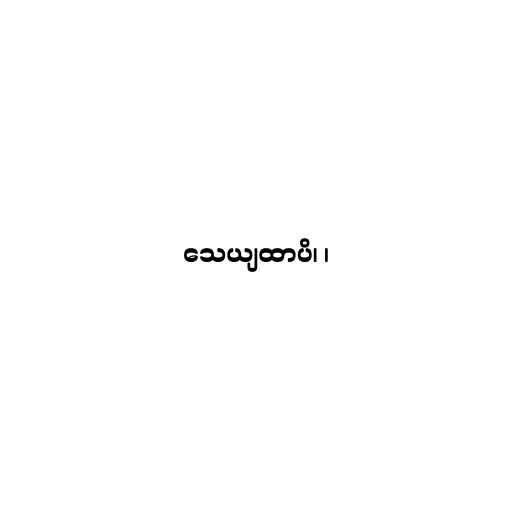
သေယျထာပိ၊ ၊